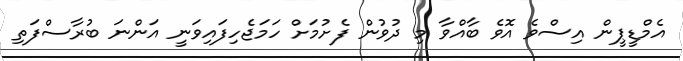
އެމްޑީޕީން އިސްވެ އޮވެ ބާއްވާ މި ދުވުން ފެށުމަށް ހަމަޖެހިފައިވަނީ އަންނަ ބުރާސްފަތި